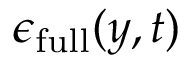
\boldsymbol { \epsilon } _ { \mathrm { f u l l } } ( y , t )